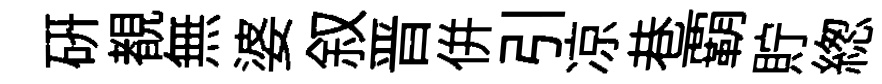
硏覩無婆叙晋併引凉巷覇貯緫